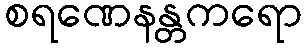
စရဏေနန္တကရော